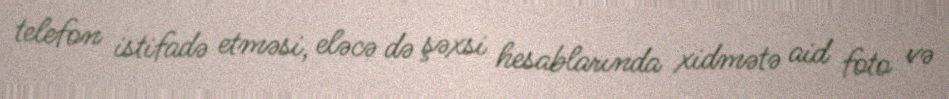
telefon istifadə etməsi, eləcə də şəxsi hesablarında xidmətə aid foto və